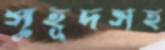
সুহূদসহ